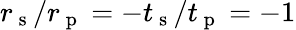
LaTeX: r_{\mathrm{~s~}}/r_{\mathrm{~p~}}=-t_{\mathrm{~s~}}/t_{\mathrm{~p~}}=-1